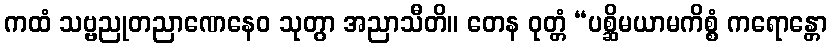
ကထံ သဗ္ဗညုတညာဏေနေဝ သုတွာ အညာသီတိ။ တေန ဝုတ္တံ “ပစ္ဆိမယာမကိစ္စံ ကရောန္တော